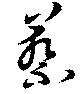
蔡